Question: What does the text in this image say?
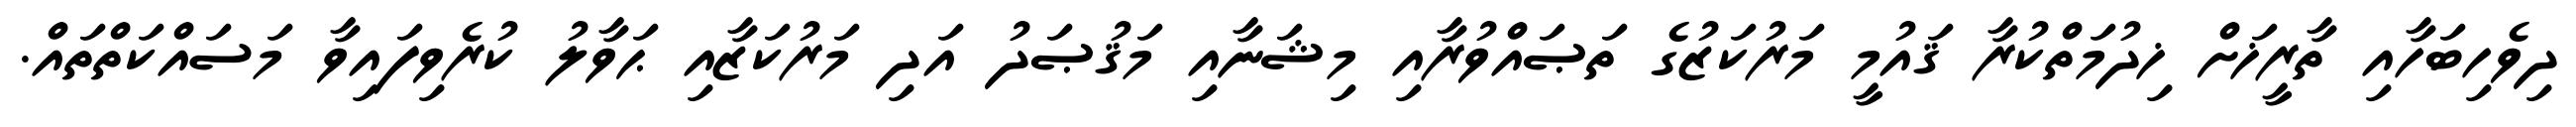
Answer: ދިވެހިބަހާއި ތާރީޚަށް ޚިދުމަތްކުރާ ޤައުމީ މަރުކަޒުގެ ތަޞައްވުރާއި މިޝަނާއި މަޤުޞަދު އަދި މަރުކަޒާއި ޙަވާލު ކުރެވިފައިވާ މަސައްކަތްތައް.